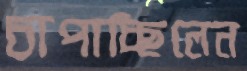
চাপাচ্ছিলেন